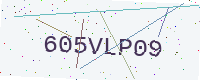
Text: 605VLP09